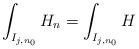
LaTeX: \begin{align*}\int_{I_{j,n_0}}H_{n}=\int_{I_{j,n_0}}H\end{align*}